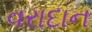
વરાદાન